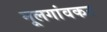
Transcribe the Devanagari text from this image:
मूलगांवकर